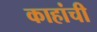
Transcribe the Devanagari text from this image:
काहांची